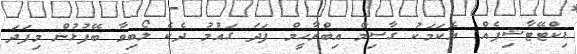
ޑިކްޓޭޓާޝިޕެއް. އެކަމަކު ގާސިމް އިބްރާހީމް ފަދަ ގައުމު ދެކެ ލޯބިވާ ބޭފުޅުން މިފަދަ